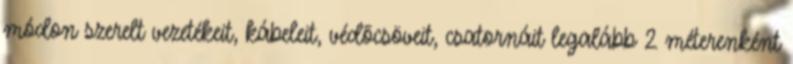
módon szerelt vezetékeit, kábeleit, védõcsöveit, csatornáit legalább 2 méterenként